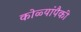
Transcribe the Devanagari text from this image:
कोळ्यांपैकी